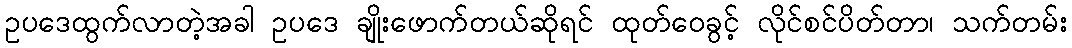
ဥပဒေထွက်လာတဲ့အခါ ဥပဒေ ချိုးဖောက်တယ်ဆိုရင် ထုတ်ဝေခွင့် လိုင်စင်ပိတ်တာ၊ သက်တမ်း